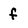
Character: f